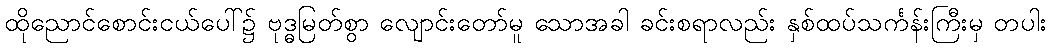
ထိုညောင်စောင်းငယ်ပေါ်၌ ဗုဒ္ဓမြတ်စွာ လျောင်းတော်မူ သောအခါ ခင်းစရာလည်း နှစ်ထပ်သင်္ကန်းကြီးမှ တပါး